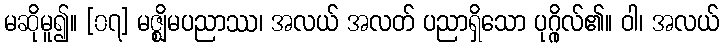
မဆိုမူ၍။ [၀၇] မဇ္ဈိမပညာဿ၊ အလယ် အလတ် ပညာရှိသော ပုဂ္ဂိုလ်၏။ ဝါ၊ အလယ်